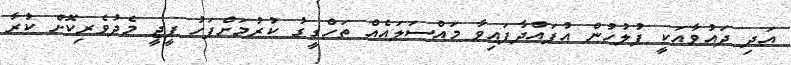
އަދި ދައުވާއަކީ ފުލުހުން އުފައްދާފައިވާ މައްސަލައެއް ތަހްގީގު ކުރުމަށްފަހު ޕީޖީ މެދުވެރިކޮށް ކުރާ